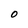
Character: 0